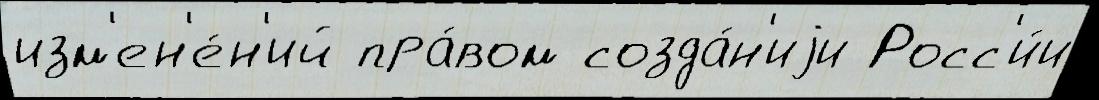
изм'ен'е́н'ий пра́вом созда́н'иjи Росс'и́и